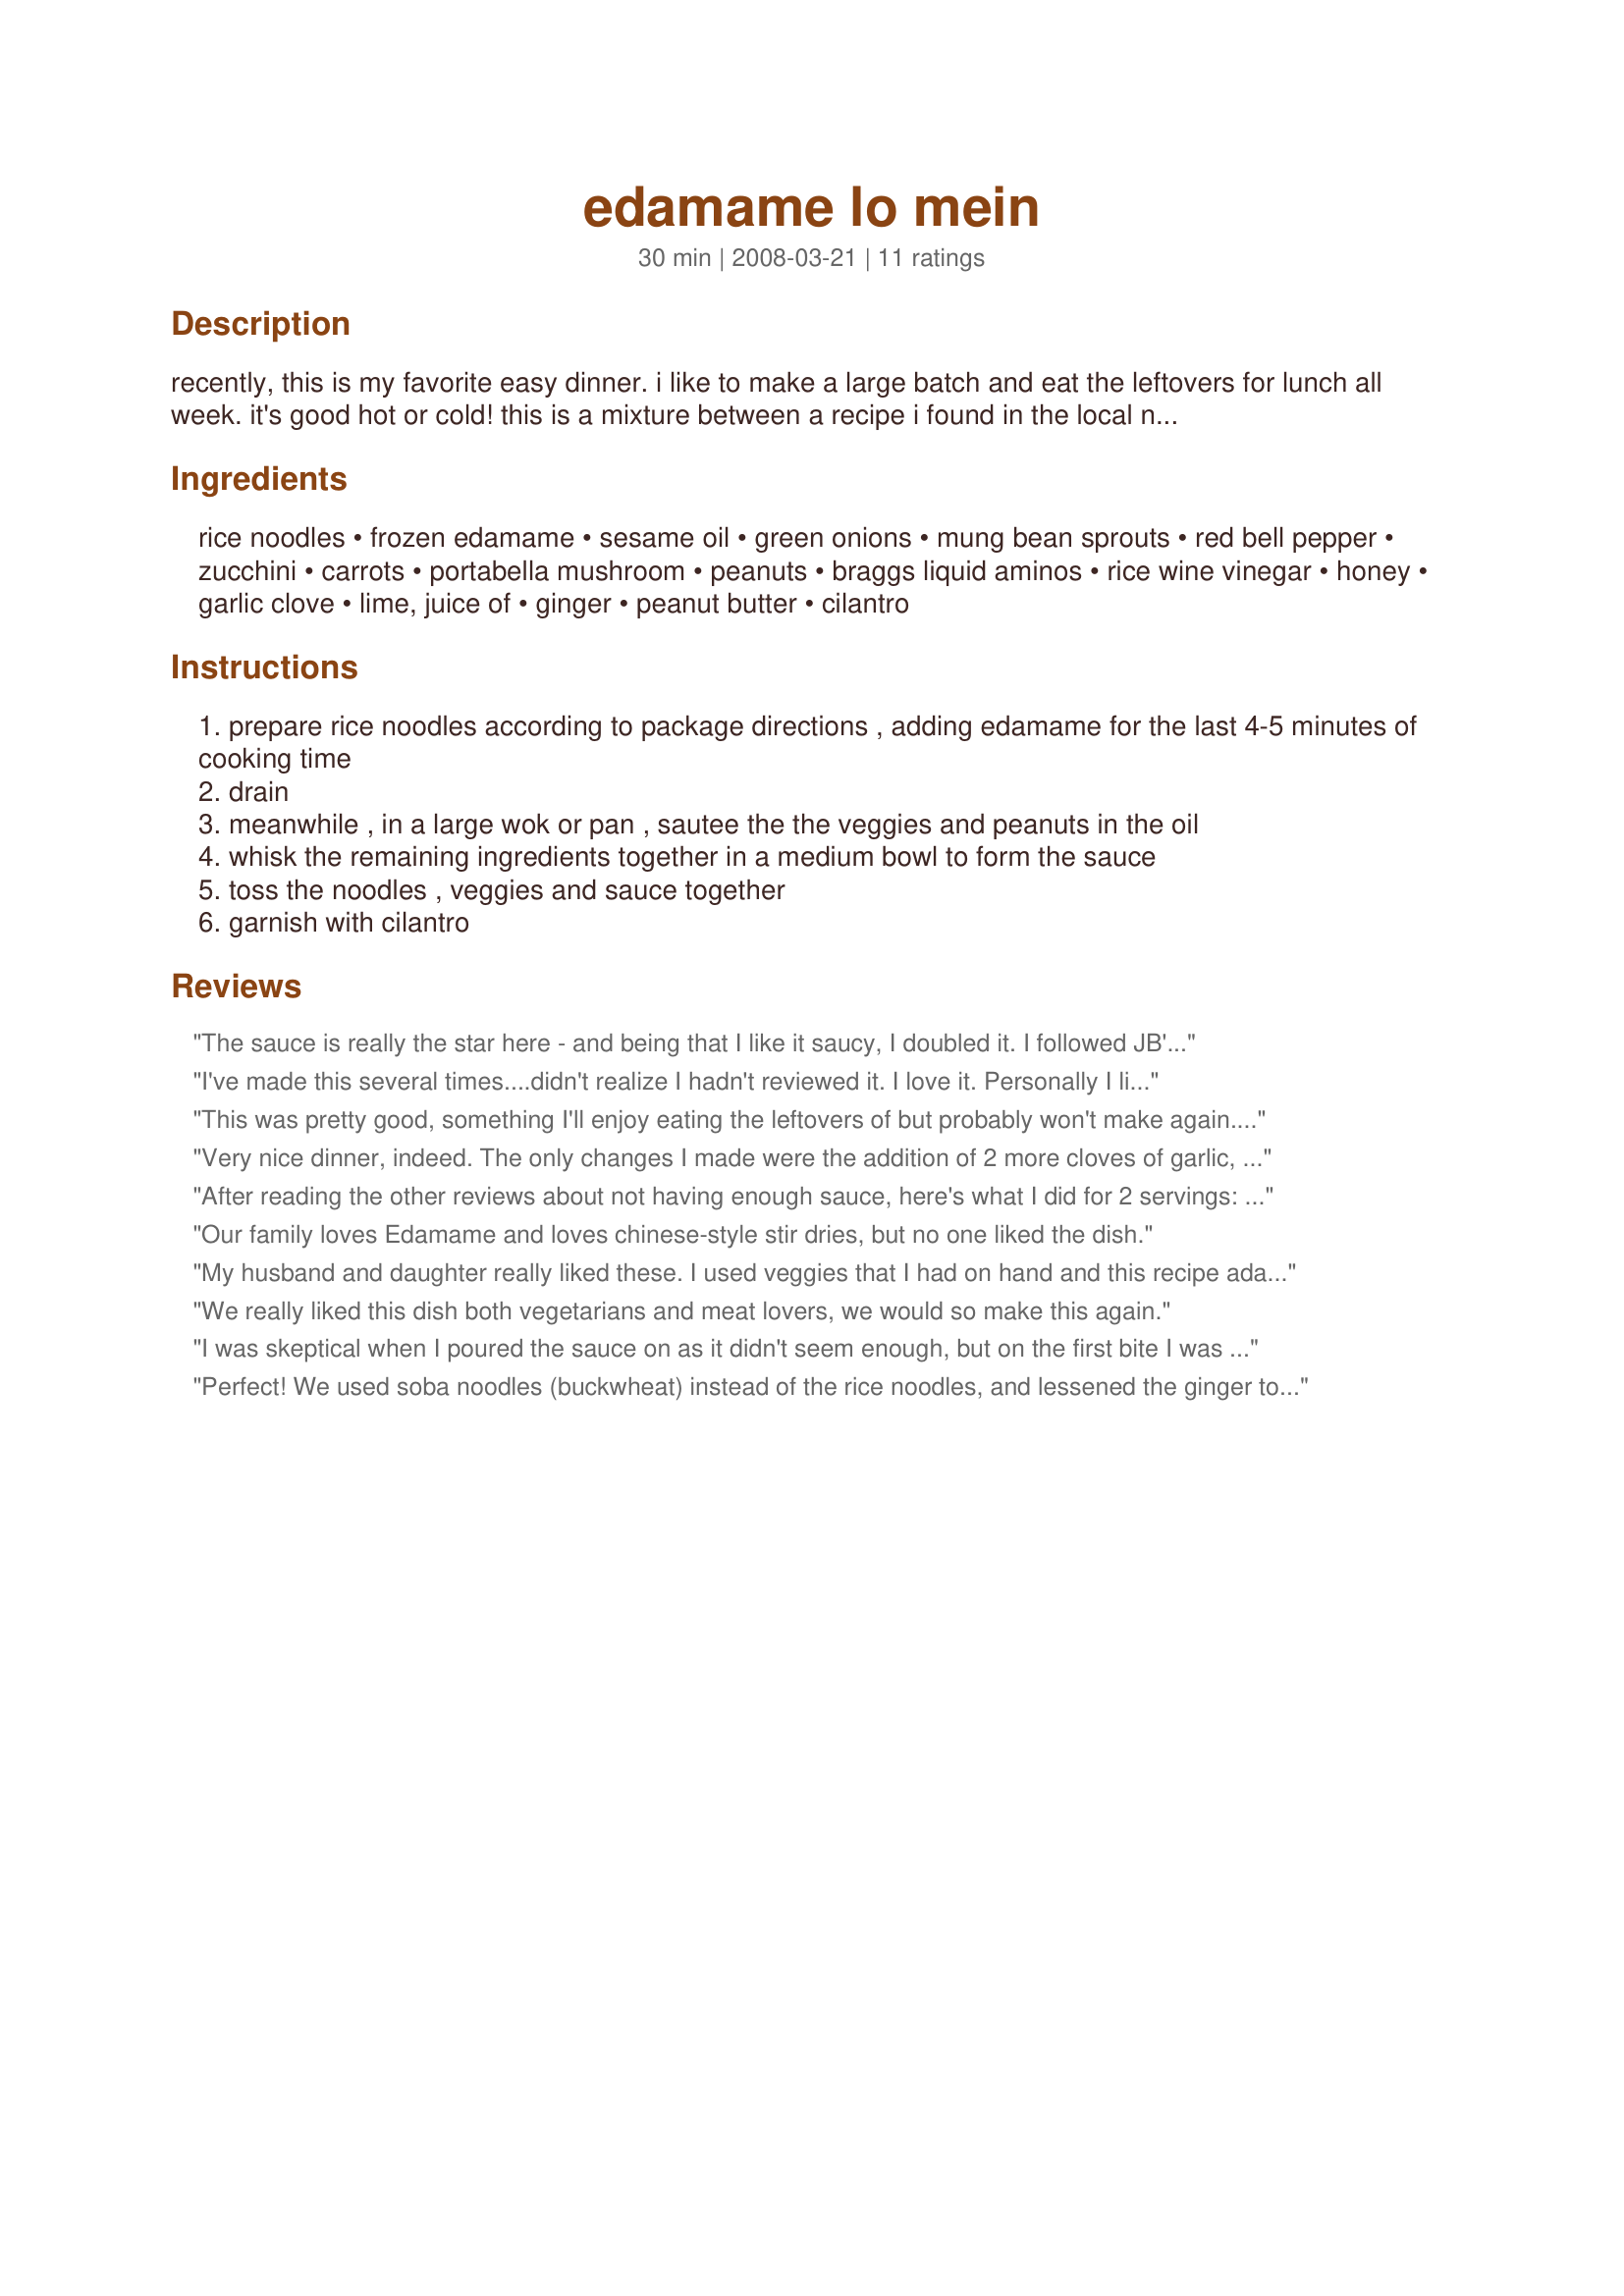
edamame lo mein
Preparation time: 30 minutes

recently, this is my favorite easy dinner. i like to make a large batch and eat the leftovers for lunch all week. it's good hot or cold! this is a mixture between a recipe i found in the local newspaper and one from alex jamieson's the great american detox diet. it can easily be adapted to whatever's in your veggie drawer.

Ingredients:
rice noodles, frozen edamame, sesame oil, green onions, mung bean sprouts, red bell pepper, zucchini, carrots, portabella mushroom, peanuts, braggs liquid aminos, rice wine vinegar, honey, garlic clove, lime, juice of, ginger, peanut butter, cilantro

Steps:
prepare rice noodles according to package directions , adding edamame for the last 4-5 minutes of cooking time
drain
meanwhile , in a large wok or pan , sautee the the veggies and peanuts in the oil
whisk the remaining ingredients together in a medium bowl to form the sauce
toss the noodles , veggies and sauce together
garnish with cilantro

Reviews:
The sauce is really the star here - and being that I like it saucy, I doubled it. I followed JB's lead and added broccoli; I also upped the garlic and ginger. I threw in some flavoured/marinated tofu after I tossed it all together, for additional protein. This dish was great for me because I tried two things again that I'd not tried in a very long time - rice noodles (which I hadnt tried since boiling them once and not realizing until today that you're only supposed to soak them), and peanut butter in a stirfry sauce. I'm so glad you posted this, Prose - it's a winner! Made for Veggie Swap 16.
I've made this several times....didn't realize I hadn't reviewed it. I love it. Personally I like extra sauce so I make extra. I've always substituted whatever veggies I have on hand and it always turns out great. It's a great recipe for using up all of the garden bounty.
This was pretty good, something I'll enjoy eating the leftovers of but probably won't make again. We had to quadruple the sauce recipe to get our noodles coated, it was kind of unwieldy to toss everything together -- I'd go back and make up separate plates, layering the veggies on the noodles, rather than tossing it all in a bowl.
Very nice dinner, indeed. The only changes I made were the addition of 2 more cloves of garlic, adding the 2 T of chopped cilantro into the dressing mix, subbed lo mein noodles for the rice noodles and added some broccoli as I tend to like more veggies than noodles. Can't wait to try the leftovers cold tomorrow for lunch. Made for VEG*N Tag.
After reading the other reviews about not having enough sauce, here's what I did for 2 servings: Made the sauce as directed for the full recipe. Cooked 1 serving (55 grams) of rice noodles, and added to the sauce. Sauteed 1/4 cup edamame, 1 handful bean sprouts, 1/4 of a small red pepper, 1 sliced green onion, 4 small sliced cremini mushrooms, and 5 sliced snow peas in about a teaspoon of sesame oil; then added to the noodles and sauce. I had a bit of leftover cooked salmon in the fridge, so I flaked that and added to everything else. Topped the finished product with chopped cilantro. I really enjoyed the flavor of the sauce, it was nicely balanced between sweet and tart. I ended up with a bit more than I needed, so I'll likely make half a recipe of sauce next time for the amount of noodles and veggies I need for two servings. Overall, very tasty, and as mentioned in the note, a good way to use up bits of vegetables that are lurking in the fridge. A nice additional touch would be to add a bit of chile paste to the sauce, if you like to spice it up a bit.
Our family loves Edamame and loves chinese-style stir dries, but no one liked the dish.
My husband and daughter really liked these. I used veggies that I had on hand and this recipe adapted very well to that. After tasting, I decided to add some oyster sauce, for personal preference. This also reheated well for lunches the next day. Thanks for the recipe
We really liked this dish both vegetarians and meat lovers, we would so make this again.
I was skeptical when I poured the sauce on as it didn't seem enough, but on the first bite I was hooked. This was really GOOD! The peanut butter and garlic blend so nicely and the veggies give nice crunch. I scaled it down for one serving since DH is out of town, and it made a fairly substantial meal. I subbed broccoli for the bean sprouts as I didn't have any on hand, and lo mein noodles for the rice noodles. I also added a scrambled egg white because I tend to enjoy an egg garnish at restaurants. I did sprinkle on a bit more Braggs, but I tend to like things pretty salty. i also used crunchy peanut butter and I think it really added a nice texture. Thanks for posting; this is a keeper! Made for Healthy Choices 2008.
Perfect! We used soba noodles (buckwheat) instead of the rice noodles, and lessened the ginger to 1/4 teaspoon powdered. Also, instead of grating the zucchini & carrots, we julienned. Had some Morningstar Farms ginger & teriyaki veggie cakes in the freezer, and made those to go on top of the noodles. It was the perfect pairing. All in all, a tasty meal!
I started off with this thinking I had all the ingredients on hand, only to find I hadn't. So it didn't end up being "edamame" lo mein, but delicious none the less with my veg substitutions. I always enjoy that lime/peanut combo, and this one is great - so quick and easy to put together, a nice weeknight meal. It did get a little dry for me when it all went together in the saute pan, maybe too many noodles, I think my package was more than 10 ounces. So as someone who loves sauce, I think I'd increase that next time (or decrease the noodles...cuz it really makes a lot!). I like the grated carrot in this, they kind of stick to the noodles instead of all falling to the bottom of the pan. Thanks Prose....I'm sure I'll be making this often!!
